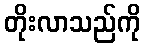
တိုးလာသည်ကို